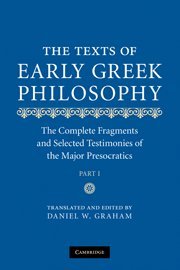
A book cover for The Texts of Early Greek Philosophy: The Complete Fragments and Selected Testimonies of the Major Presocratics; Daniel W. Graham; Politics & Social Sciences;